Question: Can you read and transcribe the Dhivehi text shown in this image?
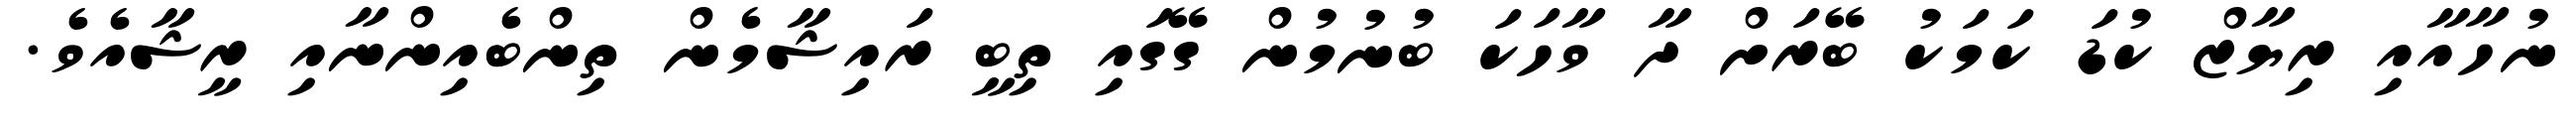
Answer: ނުހާއާއި ރިޔާޒް ކުޑަ ކަމަކު ބޭރަށް ދާ ވާހަކަ ބުނުމުން ގޭގައި ތިބީ ރައިޝާމެން ތިންބެއިންނާއި ރީޝާއެވެ.